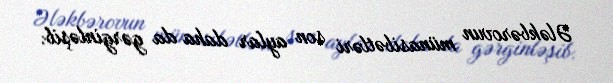
Ələkbərovun münasibətləri son aylar daha da gərginləşib.